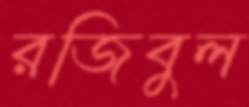
রজিবুল